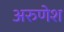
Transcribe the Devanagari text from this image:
अरुणेश